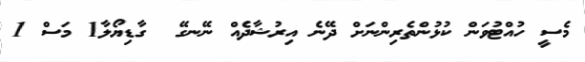
މެސީ ހުއްޓުވަން ކުޅުންތެރިންނަށް ދޭނެ އިރުޝާދެއް ނޭނގޭ  ގާޑިޔޯލާ1 މަސް 1